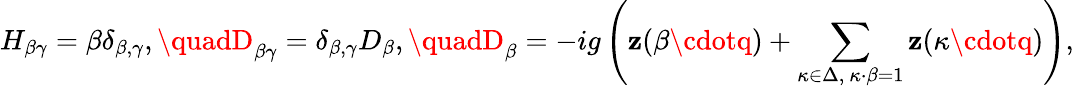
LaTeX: H_{\beta\gamma}=\beta\delta_{\beta,\gamma},\quadD_{\beta\gamma}=\delta_{\beta,\gamma}D_{\beta},\quadD_{\beta}=-ig\left(\mathbf{z}(\beta\cdotq)+\sum_{\kappa\in\Delta,\ \kappa\cdot\beta=1}\mathbf{z}(\kappa\cdotq)\right),